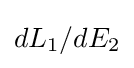
dL_{1}/dE_{2}